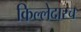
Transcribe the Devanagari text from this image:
किल्लेदारच